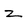
Character: Z